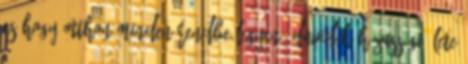
es hogy otthon minden rendbe legyen. Davidék házassági élete